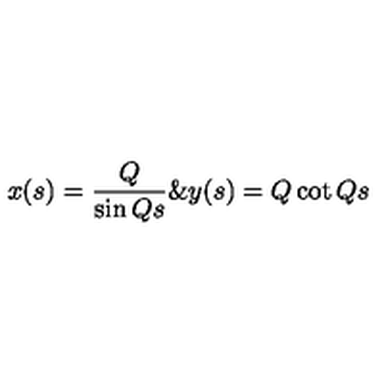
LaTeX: x ( s ) = \frac { Q } { \sin Q s } \& y ( s ) = Q \cot Q s